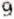
9